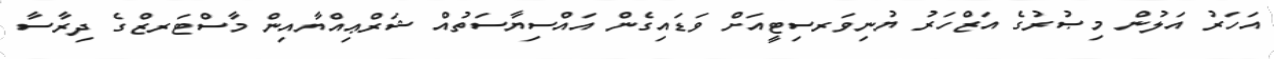
އަހަރު އަލުން މިޞުރުގެ އަޒްހަރު ޔުނިވަރސިޓީއަށް ވަޑައިގެން އައްސިޔާސަތުއް ޝަރްޢިއްޔާއިން މާސްޓަރޒްގެ ދިރާސާ